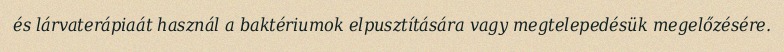
és lárvaterápiaát használ a baktériumok elpusztítására vagy megtelepedésük megelőzésére.